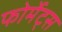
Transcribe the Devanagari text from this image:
फोर्मेट्स